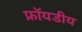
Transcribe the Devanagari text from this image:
फ्रॉयडीय